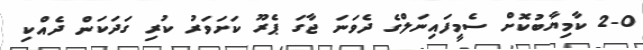
2-0 ކާމިޔާބުކޮށް ސެމީފައިނަލްގެ ދެވަނަ ޖާގަ ޕެރޫ ކަށަވަރު ކުރި ގަދަކަން ދެއްކި